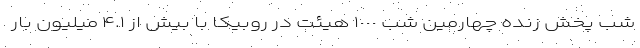
شب پخش زنده چهارمین شب ١٠٠٠ هیئت‌ در روبیکا با بیش از ۴.١ میلیون بار